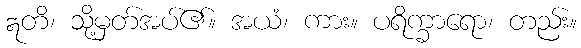
ဣတိ၊ သို့မှတ်အပ်၏။ အယံ၊ ကား။ ပရိက္ခာရော၊ တည်း။